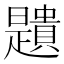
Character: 𧸯